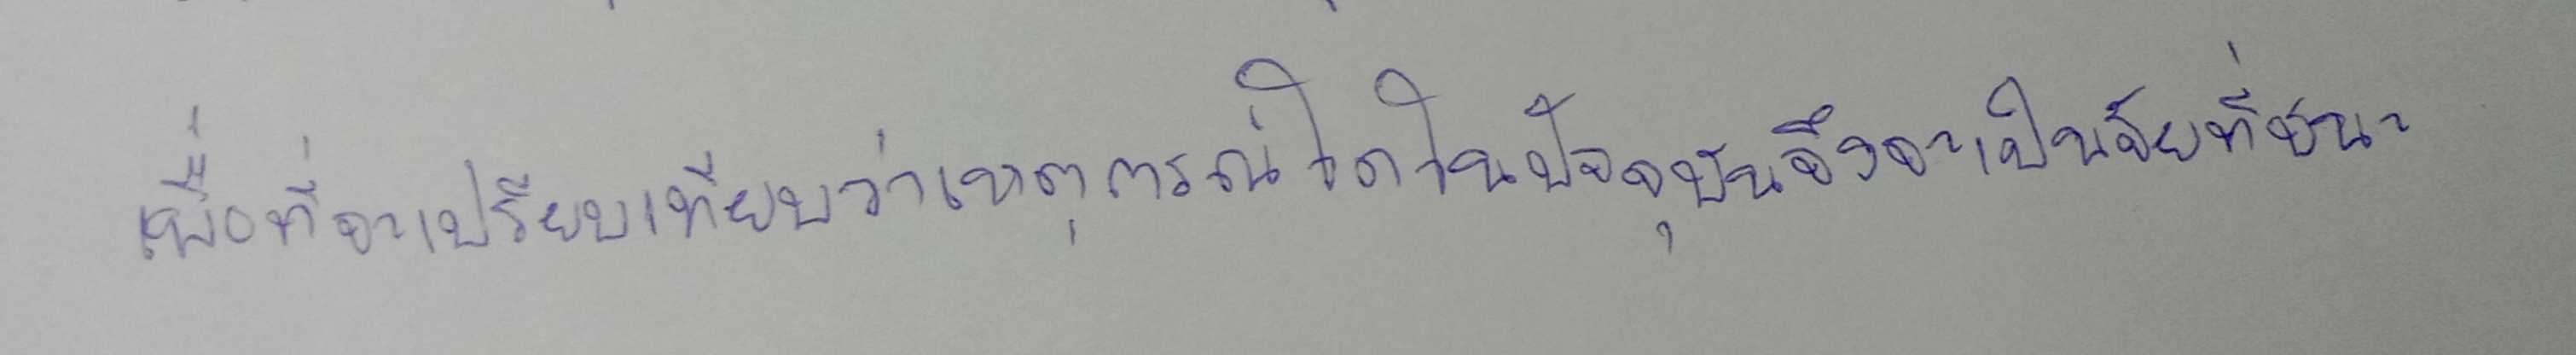
เพื่อที่จะเปรียบเทียบว่าเหตุการณ์ใดในปัจจุบันจึงจะเป็นปัจจัยที่ชนะ